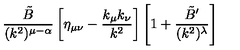
\frac { \tilde { B } } { ( k ^ { 2 } ) ^ { \mu - \alpha } } \left[ \eta _ { \mu \nu } - \frac { k _ { \mu } k _ { \nu } } { k ^ { 2 } } \right] \left[ 1 + \frac { \tilde { B } ^ { \prime } } { ( k ^ { 2 } ) ^ { \lambda } } \right]